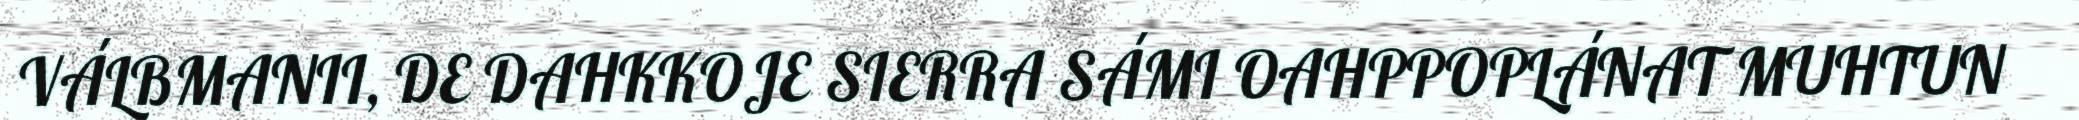
VÁLBMANII, DE DAHKKOJE SIERRA SÁMI OAHPPOPLÁNAT MUHTUN